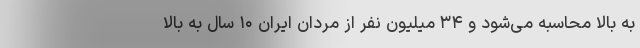
به بالا محاسبه می‌شود و ۳۴ میلیون نفر از مردان ایران ۱۰ سال به بالا